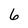
Character: 6